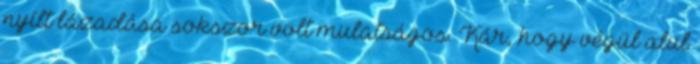
nyílt lázadása sokszor volt mulatságos. Kár, hogy végül alul